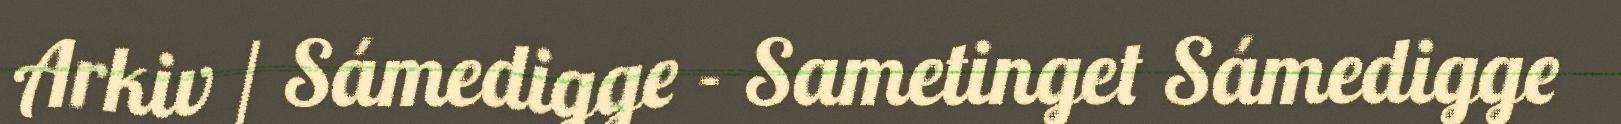
Arkiv / Sámedigge - Sametinget Sámedigge